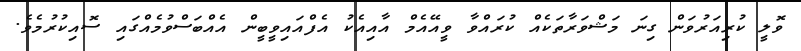
ވޮލީ ކުރިއަރުވަން ގިނަ މަޝްވަރާތަކެއް ކުރައްވާ ވީއޭއެމް އާއިއެކު އެފްއައިވީބީން އެއްބަސްވުމެއްގައި ސޮއިކުރުމެވެ.